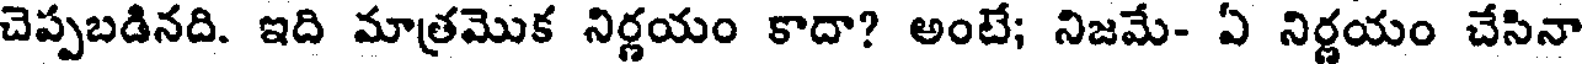
చెప్పబడినది. ఇది మాత్రమొక నిర్ణయం కాదా? అంటే; నిజమే- ఏ నిర్ణయం చేసినా